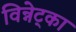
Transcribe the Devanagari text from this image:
विन्नेट्का